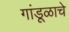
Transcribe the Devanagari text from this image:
गांडूळाचे